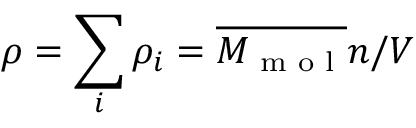
\rho = \sum _ { i } \rho _ { i } = \overline { { M _ { \textup { m o l } } } } n / V